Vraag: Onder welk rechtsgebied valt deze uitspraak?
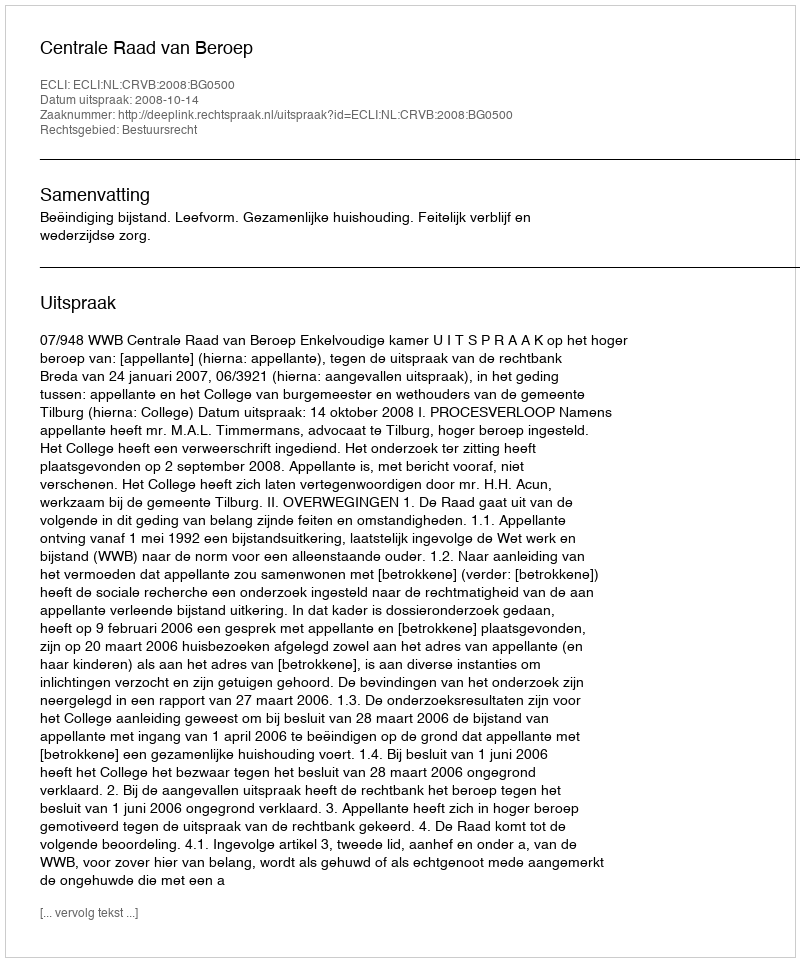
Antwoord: Bestuursrecht